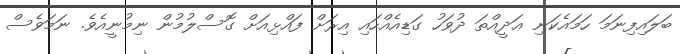
ބަލައިފިނަމަ ހަމައެކަނި ޢަދީއްތަ ދުވަހު ގަޑިއެއްހައި އިރަށް ފައްޅިއަށް ގޮސްލުމުން ނިމުނީއެވެ. ނަމަވެސް